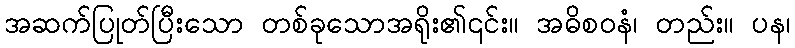
အဆက်ပြုတ်ပြီးသော တစ်ခုသောအရိုး၏၎င်း။ အဓိစဝနံ၊ တည်း။ ပန၊